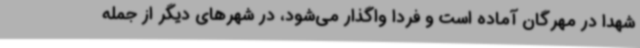
شهدا در مهرگان آماده است و فردا واگذار می‌شود، در شهرهای دیگر از جمله